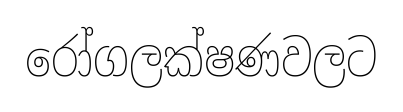
රෝගලක්ෂණවලට